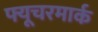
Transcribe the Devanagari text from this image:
फ्यूचरमार्क